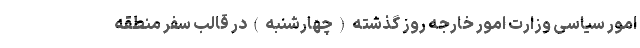
امور سیاسی وزارت امور خارجه روز گذشته ( چهارشنبه ) در قالب سفر منطقه